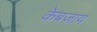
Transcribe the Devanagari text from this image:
केबजाय